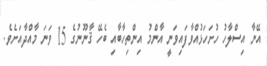
އޭނާ އިސްލާހު ހުށަހަޅުއްވާފައިވަނީ އާންމު އިންތިހާބާއި ބެހޭ ޤާނޫނުގެ 15 ވަނަ މާއްދާއަށެވެ.